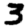
Digit: 3